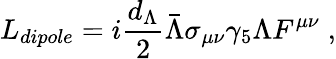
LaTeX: L_{dipole}=i{\frac{d_{\Lambda}}{2}}\bar{\Lambda}\sigma_{\mu\nu}\gamma_{5}\Lambda F^{\mu\nu}\; ,